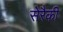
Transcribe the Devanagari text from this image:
सेरैकी